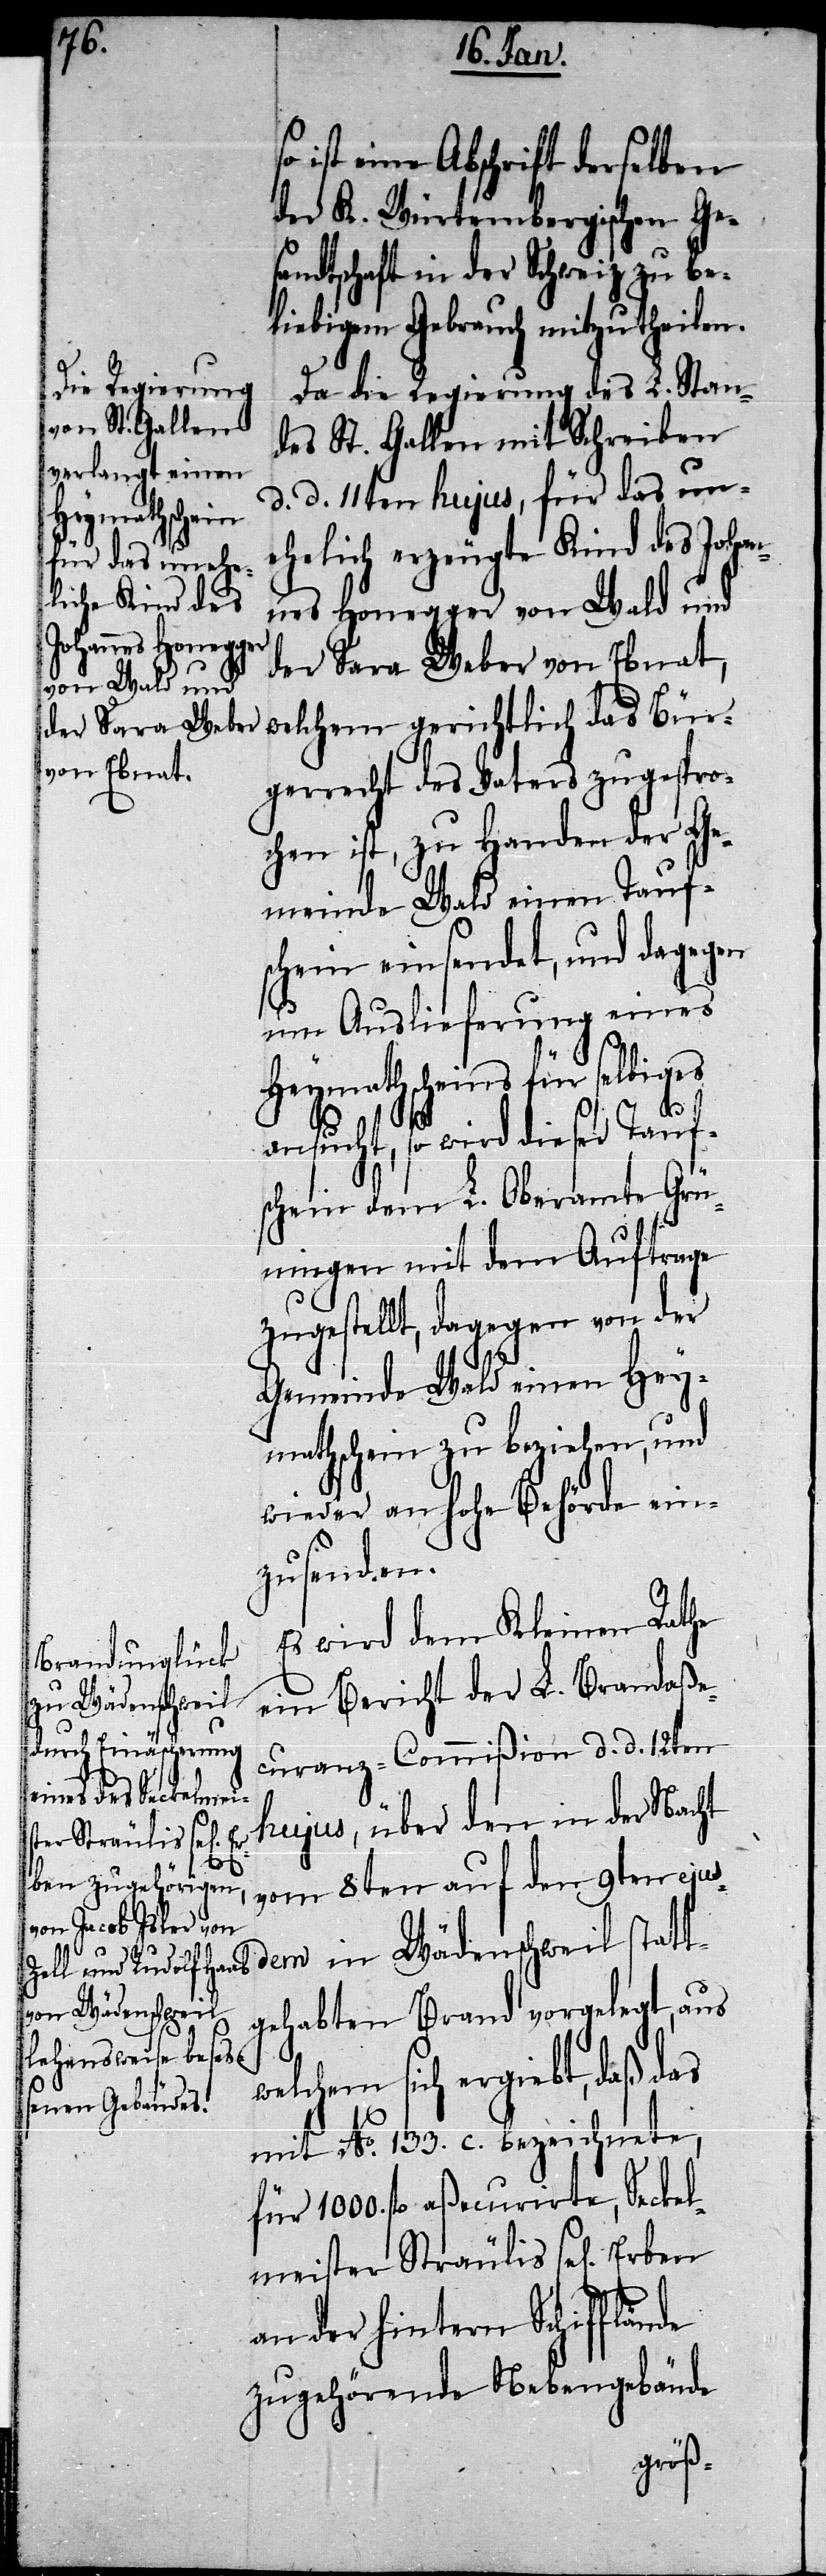
s¬

o ist eine Abschrift derselben
der K. Würtembergischen Ge¬
sandtschaft in der Schweiz zu be¬
liebigem Gebrauch mitzutheilen.
Da die Regierung des L. Stan¬
des St. Gallen mit Schreiben
d. d. 11ten hujus, für das un¬
ehelich erzeugte Kind des Johan¬
nes Honegger von Wald und
der Sara Weber von Ebnat,
welchem gerichtlich das Bür¬
gerrecht des Vaters zugespro¬
chen ist, zu Handen der Ge¬
meinde Wald einen Taufs¬
chein einsendet, und dagegen
um Auslieferung eines
Heymathscheins für selbiges
ansucht, so wird dieser Tauf¬
schein dem L. Oberamte Grü¬
ningen mit dem Auftrage
zugestellt, dagegen von der
Gemeinde Wald einen Hey¬
mathschein zu beziehen, und
wieder an hohe Behörde ein¬
zusenden.
Es wird dem Kleinen Rathe
ein Bericht der L. Brandaße¬
curanz-Commißion d. d. 12ten
hujus, über den in der Nacht
vom 8ten auf den 9ten ejus¬
dem in Wädenschweil statt¬
gehabten Brand vorgelegt, aus
welchem sich ergiebt, daß das
mit No. 133. c. bezeichnete,
für 1000 fl. aßecurirte, Seckel¬
meister Sträulis sel[igen]
an der hintern Schifflände
zugehörende Nebengebäude